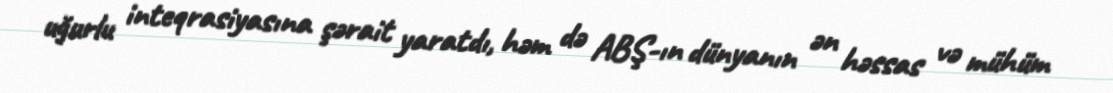
uğurlu inteqrasiyasına şərait yaratdı, həm də ABŞ-ın dünyanın ən həssas və mühüm